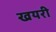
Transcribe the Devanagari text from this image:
खयरी